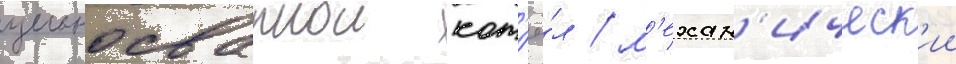
цельносварнои кот'ё́л / м'ехан'ическ'ии